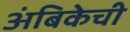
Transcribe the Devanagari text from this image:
अंबिकेची